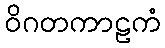
ဝိဂတကာဠကံ